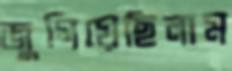
জুগিয়েছিলাম